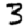
Digit: 3